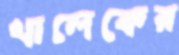
খালেকের